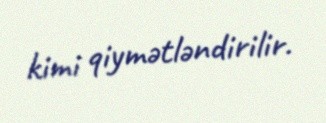
kimi qiymətləndirilir.